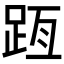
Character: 𨀿